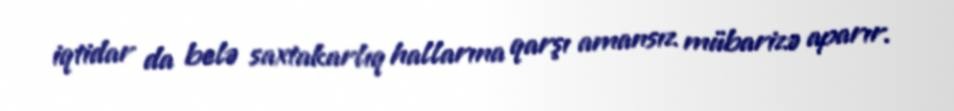
iqtidar da belə saxtakarlıq hallarına qarşı amansız mübarizə aparır.